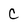
Character: c